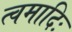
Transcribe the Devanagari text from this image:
त्वमादिः